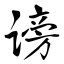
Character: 谤